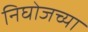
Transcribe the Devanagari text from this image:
निघोजच्या